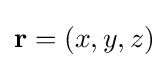
\mathbf {r} =(x,y,z)